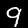
Label: 9